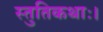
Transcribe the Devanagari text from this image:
स्तुतिकथाः।